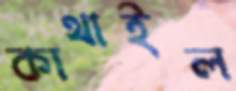
কাথাইল